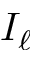
I _ { \ell }